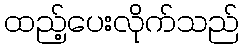
ထည့်ပေးလိုက်သည်